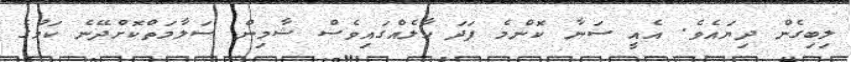
ލިބިގެން ދިޔައެވެ. އެއީ ސަނާ ކޮންމެ ފަދަ ހާލެއްގައިވެސް ޝާމިން ސަލާމަތްކޮށްދޭނެ ކަމުގެ